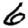
Digit: 6